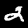
Label: 2